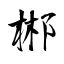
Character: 郴